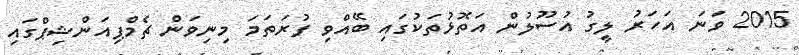
2015 ވަނަ އަހަރު ލީގު އުސޫލުން އަތޮޅުތަކުގައި ބޭއްވި ފުރަތަމަ މިނިވަން ޗެމްޕިއަންޝިޕްގައި